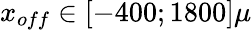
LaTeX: x_{off}\in{}[-400;1800]\mu